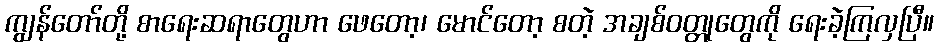
ကျွန်တော်တို့ စာရေးဆရာတွေဟာ ဖေတော့၊ မောင်တော့ စတဲ့ အချစ်ဝတ္တုတွေကို ရေးခဲ့ကြလှပြီ။